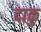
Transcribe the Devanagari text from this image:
दाकु